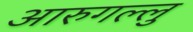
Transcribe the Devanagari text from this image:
आरुगल्लु